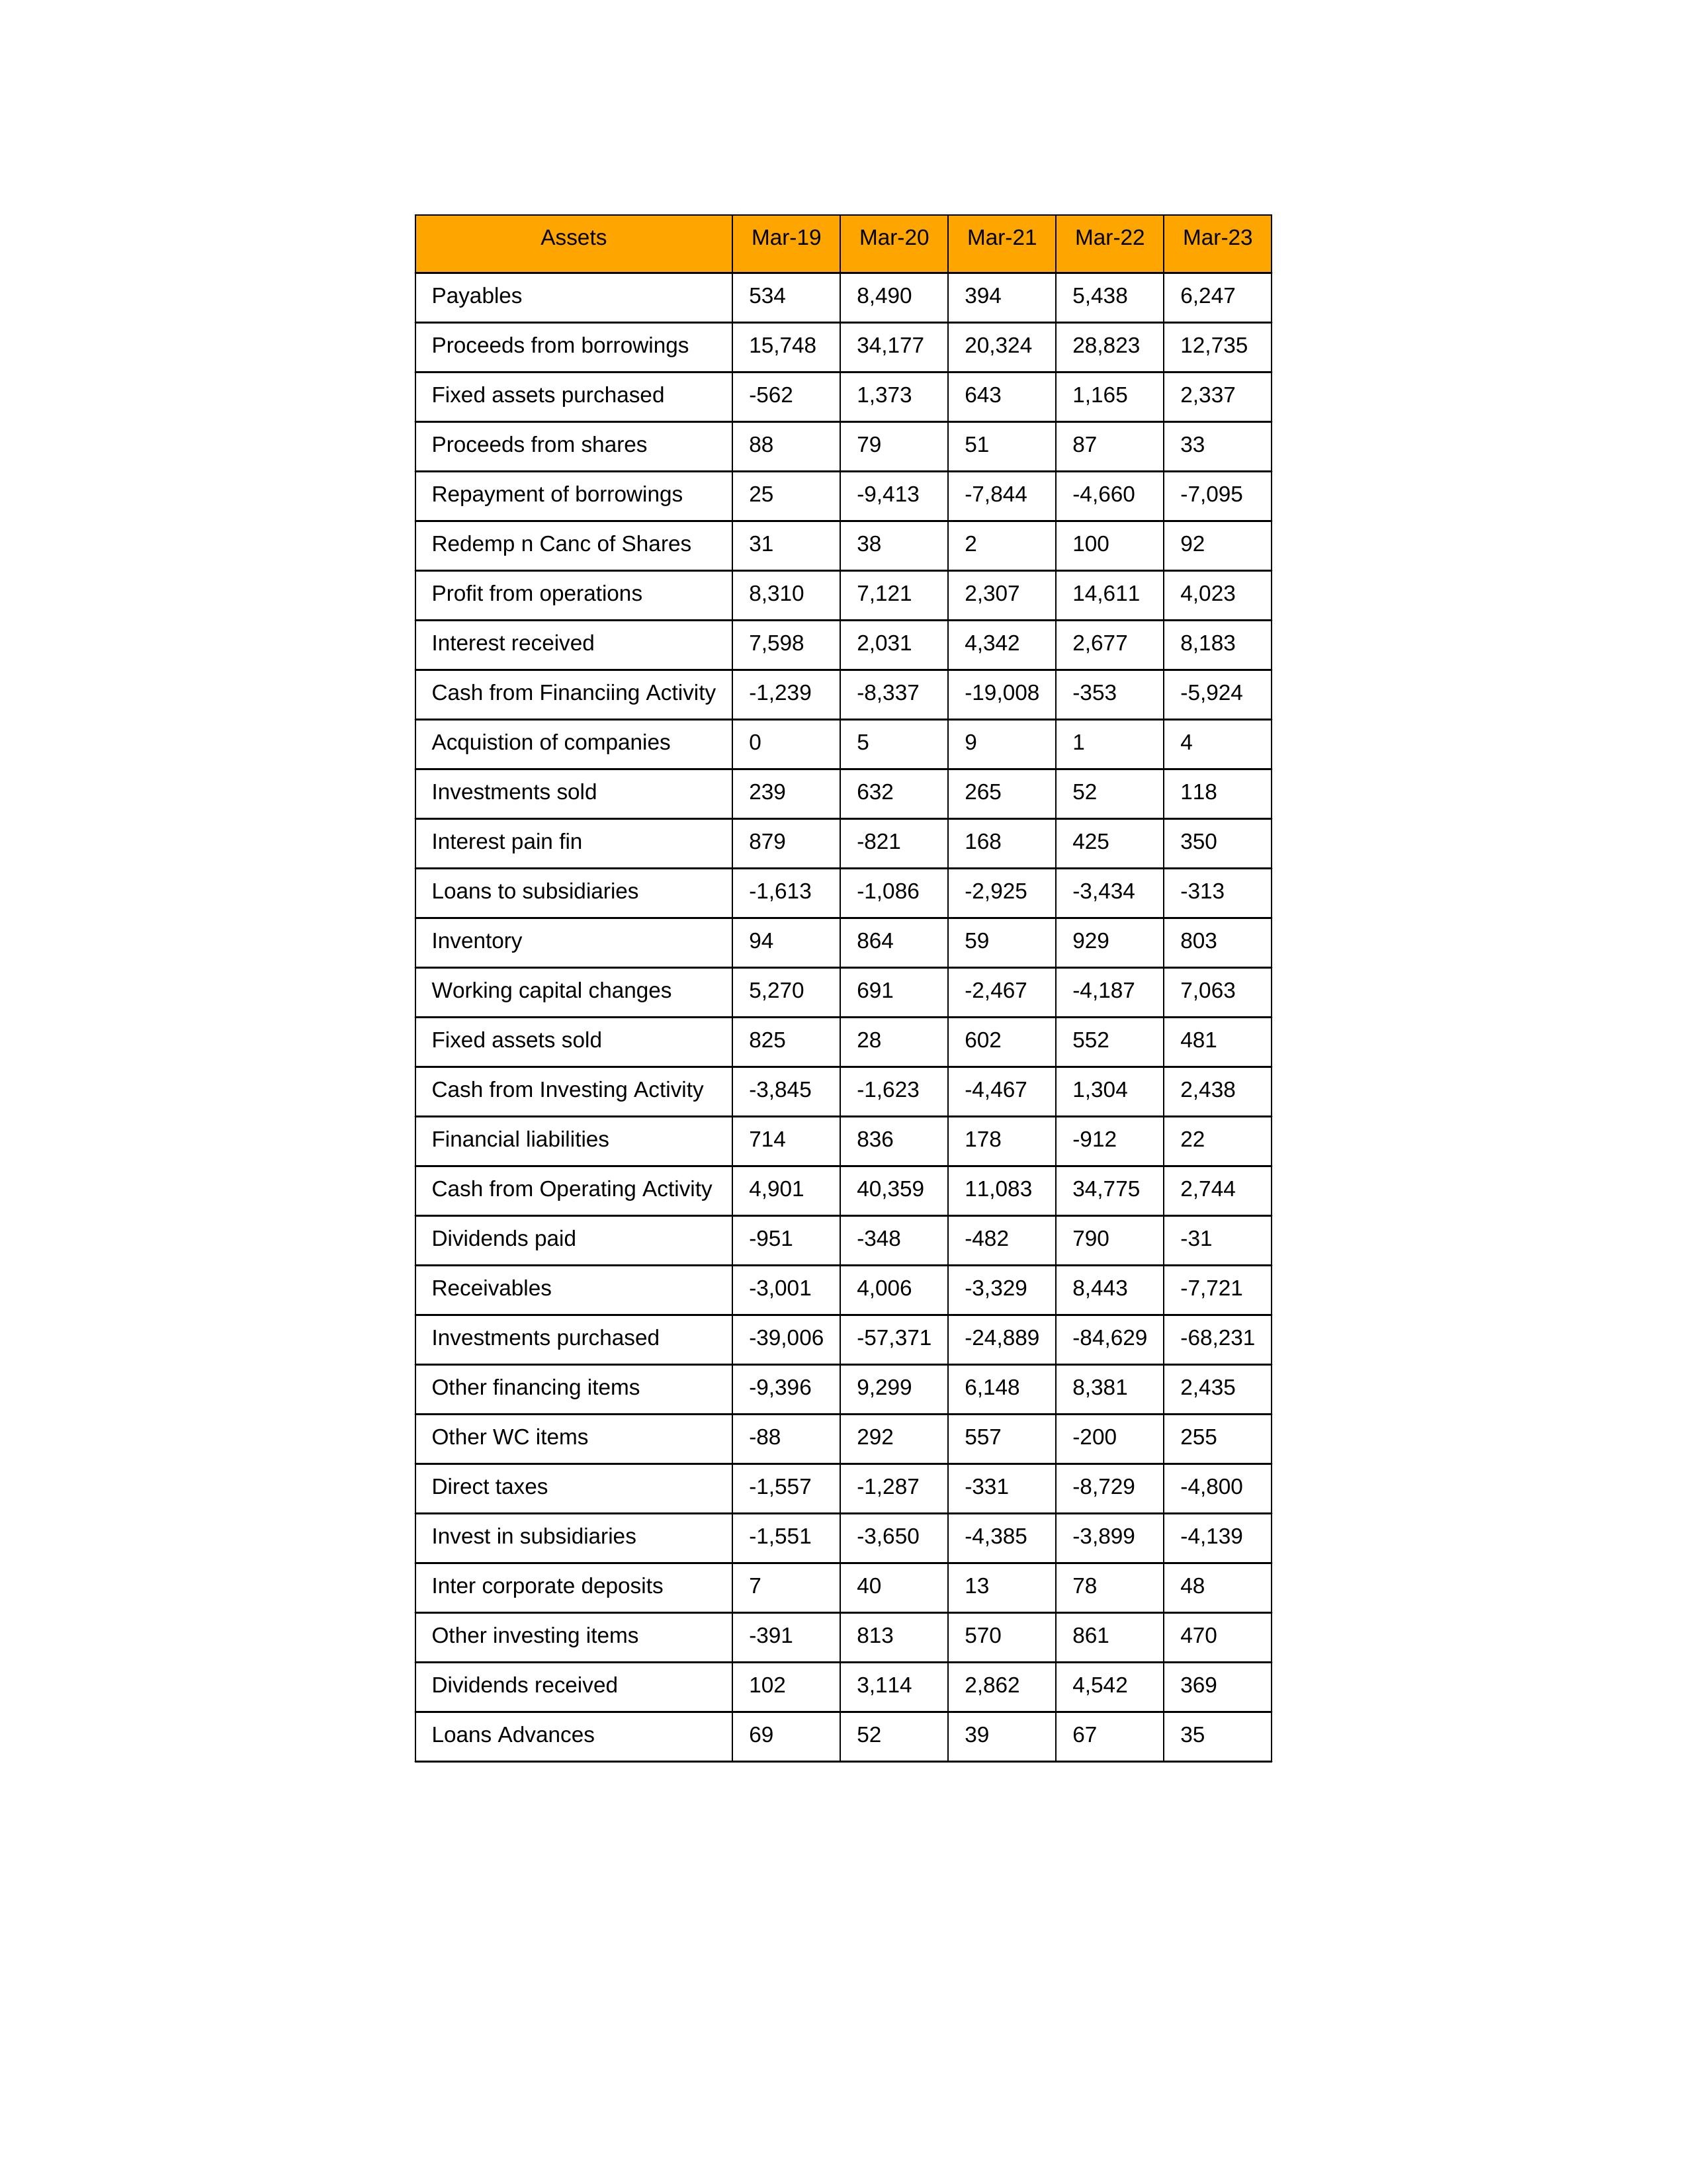
gt_parse: Mar-19: Cash from Operating Activity: 4,901
Profit from operations: 8,310
Receivables: -3,001
Inventory: 94
Payables: 534
Loans Advances: 69
Other WC items: -88
Working capital changes: 5,270
Direct taxes: -1,557
Cash from Investing Activity: -3,845
Fixed assets purchased: -562
Fixed assets sold: 825
Investments purchased: -39,006
Investments sold: 239
Interest received: 7,598
Dividends received: 102
Invest in subsidiaries: -1,551
Loans to subsidiaries: -1,613
Redemp n Canc of Shares: 31
Acquistion of companies: 0
Inter corporate deposits: 7
Other investing items: -391
Cash from Financiing Activity: -1,239
Proceeds from shares: 88
Proceeds from borrowings: 15,748
Repayment of borrowings: 25
Interest pain fin: 879
Dividends paid: -951
Financial liabilities: 714
Other financing items: -9,396
Mar-20: Cash from Operating Activity: 40,359
Profit from operations: 7,121
Receivables: 4,006
Inventory: 864
Payables: 8,490
Loans Advances: 52
Other WC items: 292
Working capital changes: 691
Direct taxes: -1,287
Cash from Investing Activity: -1,623
Fixed assets purchased: 1,373
Fixed assets sold: 28
Investments purchased: -57,371
Investments sold: 632
Interest received: 2,031
Dividends received: 3,114
Invest in subsidiaries: -3,650
Loans to subsidiaries: -1,086
Redemp n Canc of Shares: 38
Acquistion of companies: 5
Inter corporate deposits: 40
Other investing items: 813
Cash from Financiing Activity: -8,337
Proceeds from shares: 79
Proceeds from borrowings: 34,177
Repayment of borrowings: -9,413
Interest pain fin: -821
Dividends paid: -348
Financial liabilities: 836
Other financing items: 9,299
Mar-21: Cash from Operating Activity: 11,083
Profit from operations: 2,307
Receivables: -3,329
Inventory: 59
Payables: 394
Loans Advances: 39
Other WC items: 557
Working capital changes: -2,467
Direct taxes: -331
Cash from Investing Activity: -4,467
Fixed assets purchased: 643
Fixed assets sold: 602
Investments purchased: -24,889
Investments sold: 265
Interest received: 4,342
Dividends received: 2,862
Invest in subsidiaries: -4,385
Loans to subsidiaries: -2,925
Redemp n Canc of Shares: 2
Acquistion of companies: 9
Inter corporate deposits: 13
Other investing items: 570
Cash from Financiing Activity: -19,008
Proceeds from shares: 51
Proceeds from borrowings: 20,324
Repayment of borrowings: -7,844
Interest pain fin: 168
Dividends paid: -482
Financial liabilities: 178
Other financing items: 6,148
Mar-22: Cash from Operating Activity: 34,775
Profit from operations: 14,611
Receivables: 8,443
Inventory: 929
Payables: 5,438
Loans Advances: 67
Other WC items: -200
Working capital changes: -4,187
Direct taxes: -8,729
Cash from Investing Activity: 1,304
Fixed assets purchased: 1,165
Fixed assets sold: 552
Investments purchased: -84,629
Investments sold: 52
Interest received: 2,677
Dividends received: 4,542
Invest in subsidiaries: -3,899
Loans to subsidiaries: -3,434
Redemp n Canc of Shares: 100
Acquistion of companies: 1
Inter corporate deposits: 78
Other investing items: 861
Cash from Financiing Activity: -353
Proceeds from shares: 87
Proceeds from borrowings: 28,823
Repayment of borrowings: -4,660
Interest pain fin: 425
Dividends paid: 790
Financial liabilities: -912
Other financing items: 8,381
Mar-23: Cash from Operating Activity: 2,744
Profit from operations: 4,023
Receivables: -7,721
Inventory: 803
Payables: 6,247
Loans Advances: 35
Other WC items: 255
Working capital changes: 7,063
Direct taxes: -4,800
Cash from Investing Activity: 2,438
Fixed assets purchased: 2,337
Fixed assets sold: 481
Investments purchased: -68,231
Investments sold: 118
Interest received: 8,183
Dividends received: 369
Invest in subsidiaries: -4,139
Loans to subsidiaries: -313
Redemp n Canc of Shares: 92
Acquistion of companies: 4
Inter corporate deposits: 48
Other investing items: 470
Cash from Financiing Activity: -5,924
Proceeds from shares: 33
Proceeds from borrowings: 12,735
Repayment of borrowings: -7,095
Interest pain fin: 350
Dividends paid: -31
Financial liabilities: 22
Other financing items: 2,435